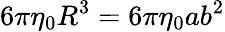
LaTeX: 6\pi\eta_{0}R^{3}=6\pi\eta_{0}ab^{2}